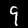
Digit: 9